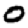
Digit: 0